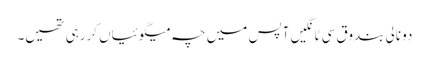
دو نالی بندوق سی ٹانگیں آپس میں چہ میگوئیاں کررہی تھیں۔